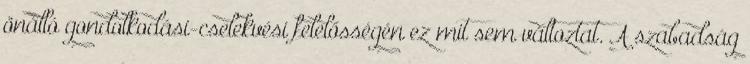
önálló gondolkodási-cselekvési felelősségén ez mit sem változtat. A szabadság